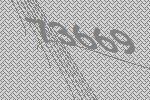
73669